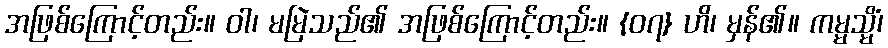
အဖြစ်ကြောင့်တည်း။ ဝါ၊ မမြဲသည်၏ အဖြစ်ကြောင့်တည်း။ {၀၇} ဟိ၊ မှန်၏။ ကမ္မသ္မိံ၊